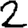
Digit: 2